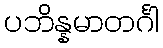
ပဘိန္နမာတင်္ဂါ